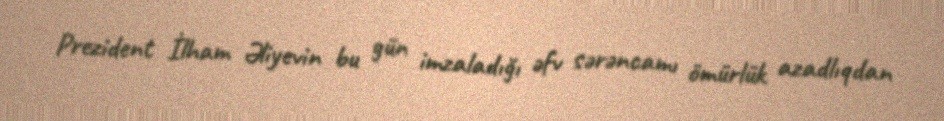
Prezident İlham Əliyevin bu gün imzaladığı əfv sərəncamı ömürlük azadlıqdan